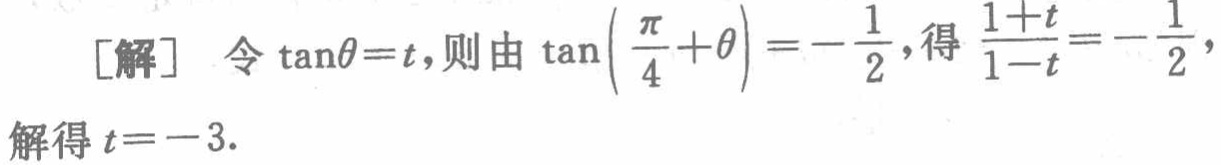
[解] 令$\tan\theta = t$, 则由$\tan\left(\frac{\pi}{4}+\theta\right)=-\frac{1}{2}$, 得$\frac{1 + t}{1 - t}=-\frac{1}{2}$, 解得$t = - 3$.